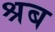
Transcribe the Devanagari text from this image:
श्रब